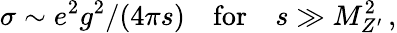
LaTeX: \sigma\sim e^{2}g^{2}/(4\pi s)\quad\mathrm{for}\quad s\gg M_{Z^{\prime}}^{2}\, ,